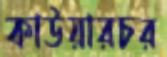
কাউয়ারচর